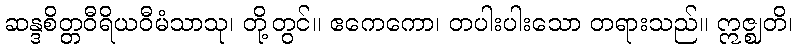
ဆန္ဒစိတ္တဝီရိယဝီမံသာသု၊ တို့တွင်။ ဧကေကော၊ တပါးပါးသော တရားသည်။ ဣဇ္ဈတိ၊